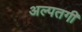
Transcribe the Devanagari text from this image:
अल्पतगी